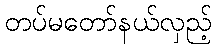
တပ်မတော်နယ်လှည့်